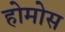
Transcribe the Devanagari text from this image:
होमोस